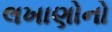
લખાણોનો